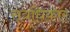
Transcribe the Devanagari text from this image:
सत्रधिकार